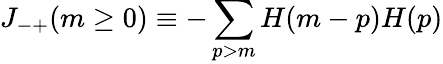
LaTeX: J_{-+}(m\ge 0)\equiv-\sum_{p>m}H(m-p)H(p)